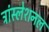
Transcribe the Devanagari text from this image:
ट्रांस्लेशनल